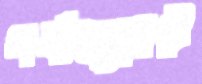
গর্যাজুয়েট